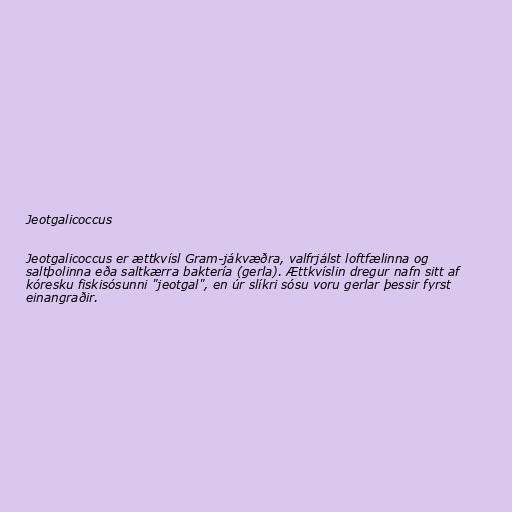
Jeotgalicoccus

Jeotgalicoccus er ættkvísl Gram-jákvæðra, valfrjálst loftfælinna og
saltþolinna eða saltkærra baktería (gerla). Ættkvíslin dregur nafn sitt af
kóresku fiskisósunni "jeotgal", en úr slíkri sósu voru gerlar þessir fyrst
einangraðir.